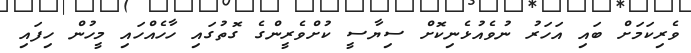
ވެރިކަމަށް ބައި އަހަރު ނުވެއުޅެނިކޮށް ސިޔާސީ ކުށްވެރީންގެ ގޮތުގައި ހާހެއްހައި މީހުން ހިފައި